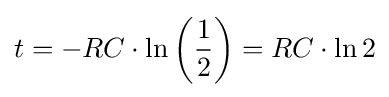
t=-RC\cdot \ln \left({\frac {1}{2}}\right)=RC\cdot \ln {2}